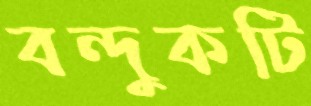
বন্দুকটি